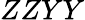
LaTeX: ZZYY